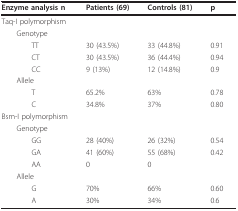
<table><thead><tr><td><b>Enzyme analysis n</b></td><td><b>Patients (69)</b></td><td><b>Controls (81)</b></td><td><b>p</b></td></tr></thead><tbody><tr><td>Taq-I polymorphism</td><td></td><td></td><td></td></tr><tr><td> Genotype</td><td></td><td></td><td></td></tr><tr><td>TT</td><td>30 (43.5%)</td><td>33 (44.8%)</td><td>0.91</td></tr><tr><td>CT</td><td>30 (43.5%)</td><td>36 (44.4%)</td><td>0.94</td></tr><tr><td>CC</td><td>9 (13%)</td><td>12 (14.8%)</td><td>0.9</td></tr><tr><td> Allele</td><td></td><td></td><td></td></tr><tr><td>T</td><td>65.2%</td><td>63%</td><td>0.78</td></tr><tr><td>C</td><td>34.8%</td><td>37%</td><td>0.80</td></tr><tr><td>Bsm-I polymorphism</td><td></td><td></td><td></td></tr><tr><td> Genotype</td><td></td><td></td><td></td></tr><tr><td>GG</td><td>28 (40%)</td><td>26 (32%)</td><td>0.54</td></tr><tr><td>GA</td><td>41 (60%)</td><td>55 (68%)</td><td>0.42</td></tr><tr><td>AA</td><td>0</td><td>0</td><td></td></tr><tr><td> Allele</td><td></td><td></td><td></td></tr><tr><td>G</td><td>70%</td><td>66%</td><td>0.60</td></tr><tr><td>A</td><td>30%</td><td>34%</td><td>0.6</td></tr></tbody></table>